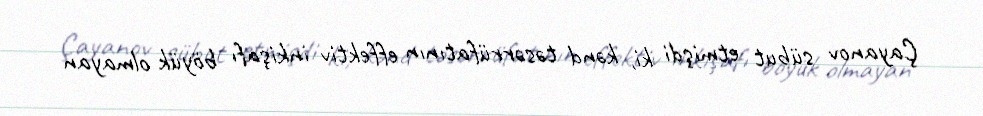
Çayanov sübut etmişdi ki, kənd təsərrüfatının effektiv inkişafı böyük olmayan